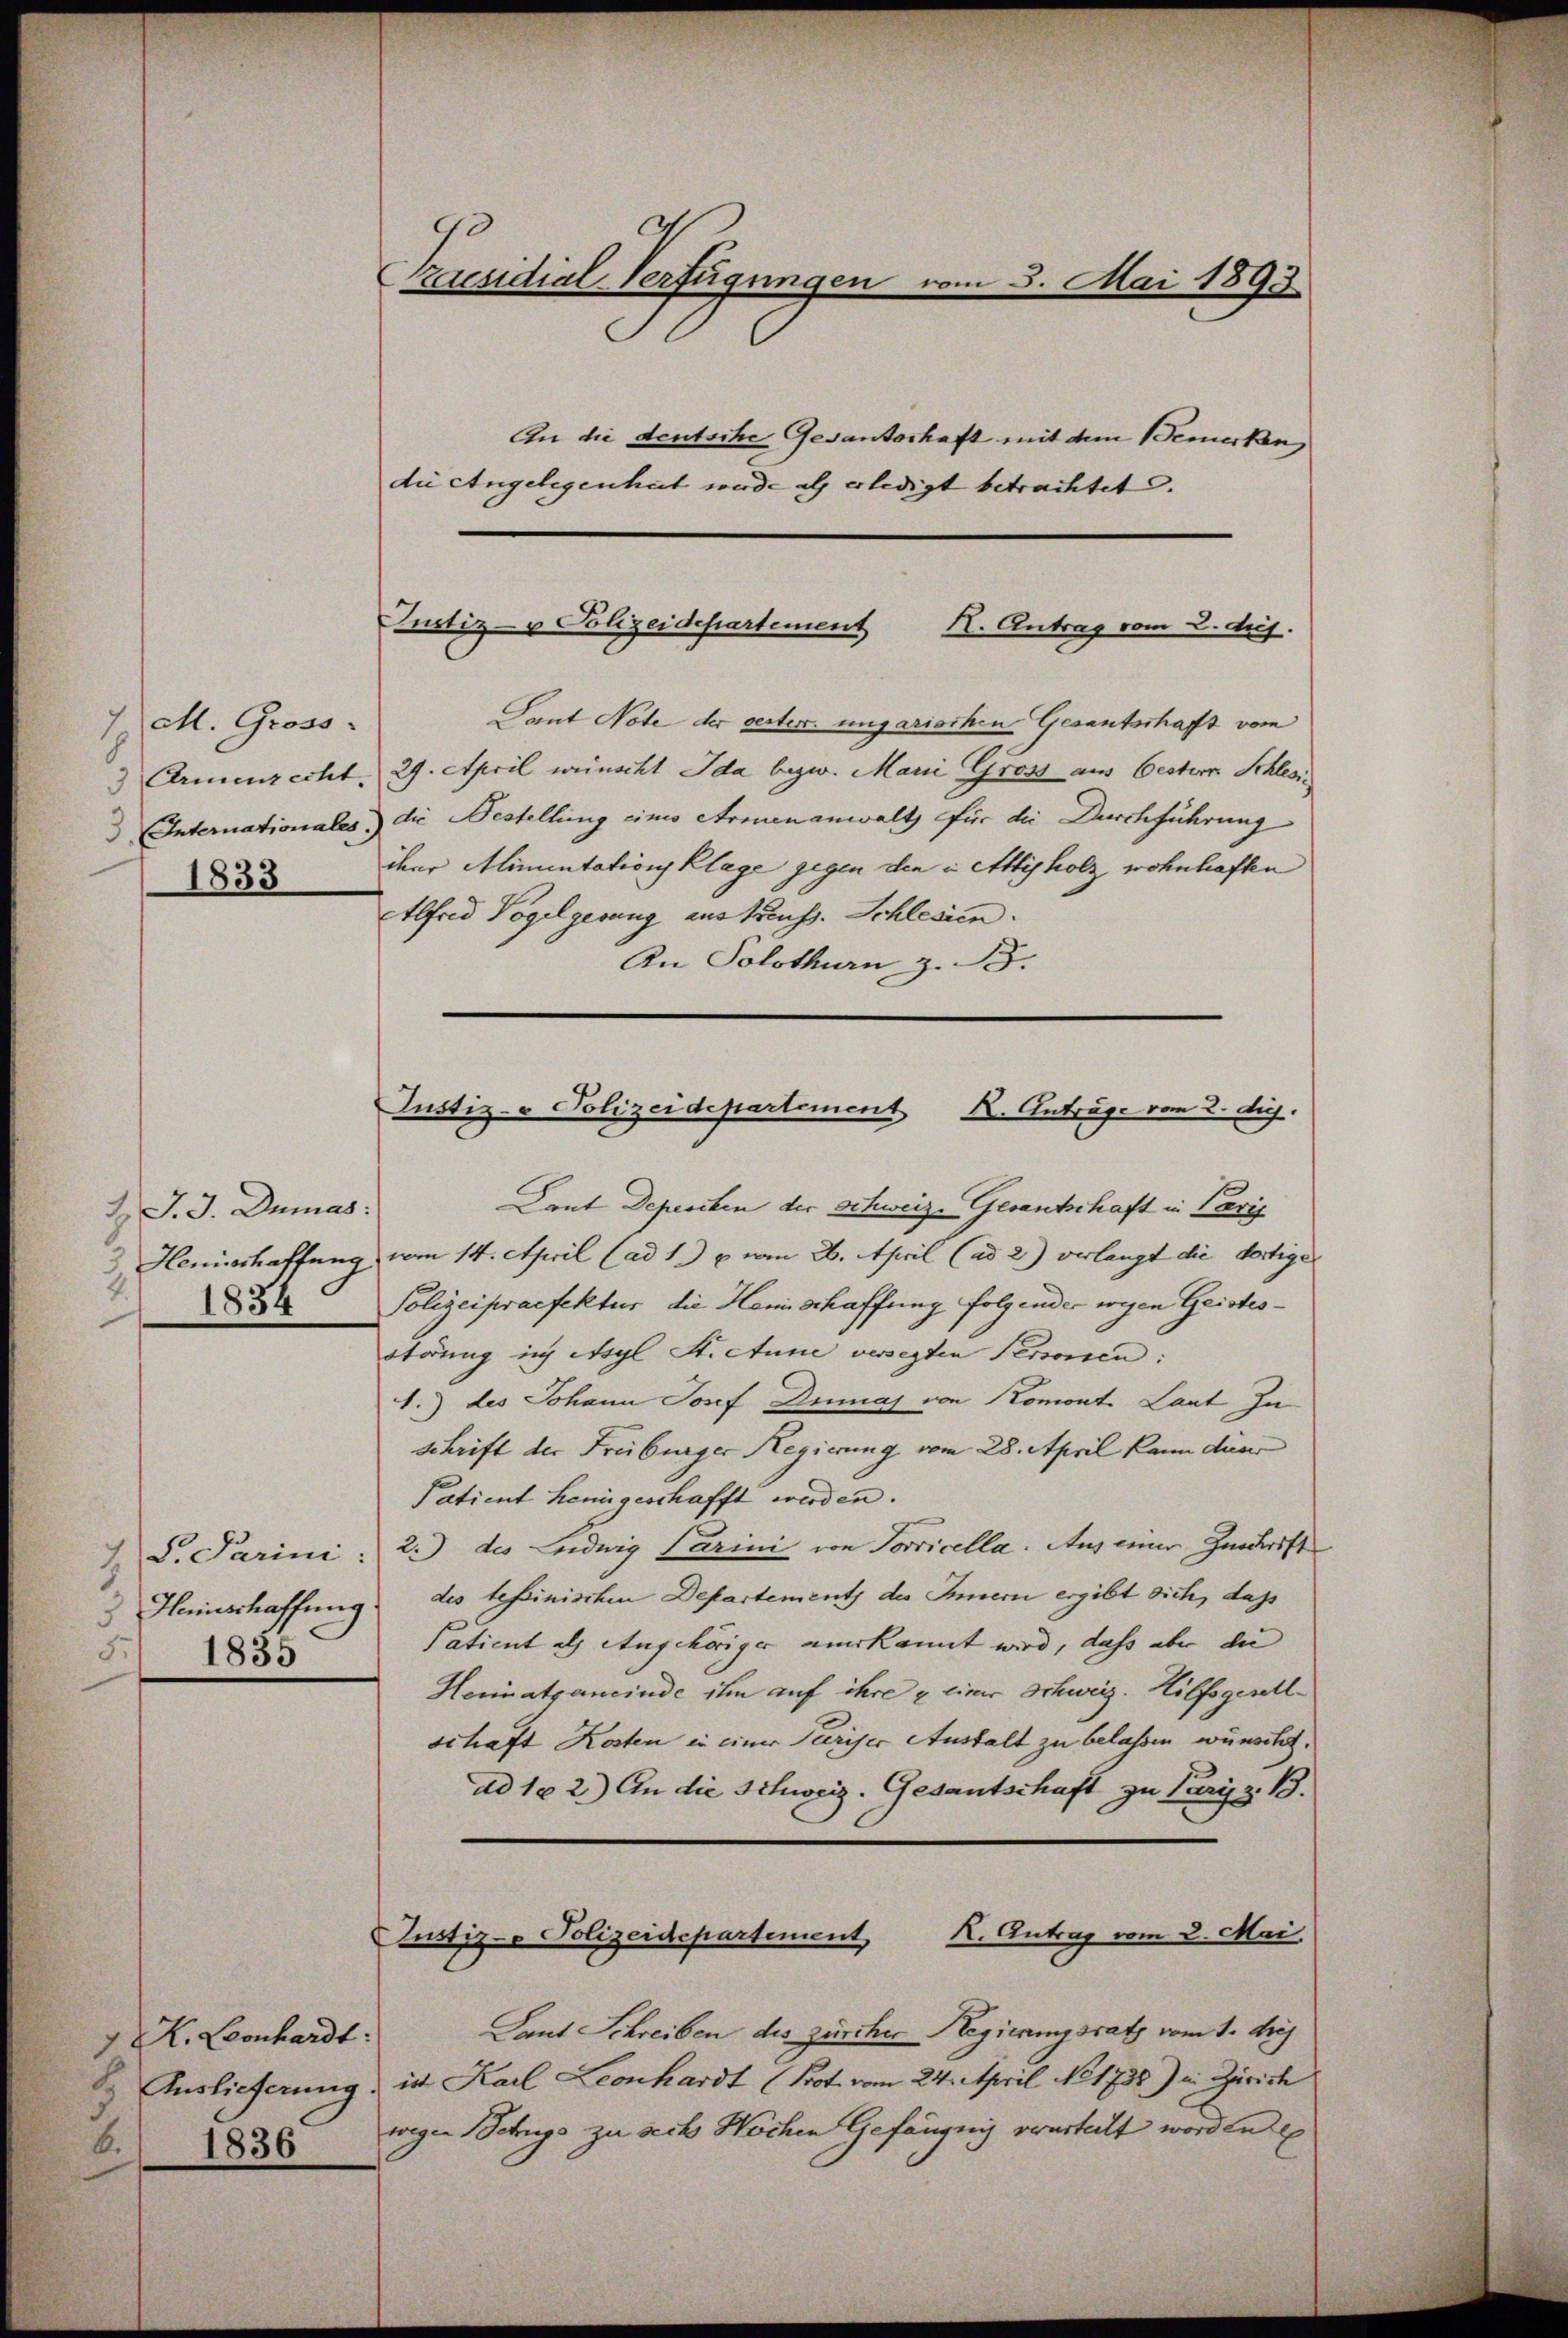
1 M. Gross.
3 Armenrecht
1833

1 J. J. Dumas:
3 Honischaffung
1834

S. Parini:
 Heinschaffung.
 1835

K. Leonhardt.
) 1836

Praesidial-Verfügungen vom 3. Mai 1893.
An die deutsche Gesanterhaft mit dem Bemerken,
die Angelegenheit wurde als erledigt betrachtet.

Justiz- u Polizeidepartement II. Antrag vom 2. ds.

Gant Note der rester ungarischen Gesantschaft vom
29. April wünscht Ida bezw. Marii Gross aus Oestern Schles,
Internationales) die Bestellung eines Armenanwalt für die Durchführung
iher Alimentation Klage gegen den in Attisholz wohnhaften
Elfrid Vogelgerung aus treuss. Schlesien.
An Solothurn z. B.

Justiz- & Polizeidepartement K. Anträge vom 2. dich.

Laut Depeschen der Schweiz. Gesantschaft in Paris
vom 14. April (ad 1.) u. vom 26. April (ad 2) verlangt die dortige
Polizeipraefektur die Hemischaffung folgender wegen Geistesstörung ich Asyl St. Anne versezten Personen:
1.) des Johann Josef Dumas von Komont. Laut Zu
schrift der Freiburger Regierung vom 28. April kann dieer
Patient Lenigeschafft werden.
2.) des Ludwig Parini von Sorricella. Aus einer Zuschrift
des tessinischen Departements des Innern ergibt sich, dass
Patient als Angehöriger anerkannt wird, daß aber die
Heimatgemeinde ihm auf ihre u einer Schweiz. Hilfsgesellschaft Kosten in einer Pariser Anstalt zu belassen wünstet.
ad 1. 2.) An die Schweiz. Gesantschaft zu Pary z. B.
K. Antrag vom 2. Mai.
Justiz- Polizeidepartement
Laut Schreiben des zürcher Regierungsrath vom 1. diej
& Auslieferung, ist Karl Leonhardt (Brot vom 24. April No 1738) u. Zürich
wegen Betrugs zu sechs Wochen Gefängnis verurteilt worden E